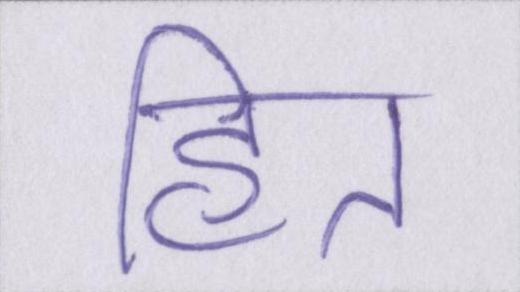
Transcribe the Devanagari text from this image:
हित